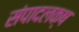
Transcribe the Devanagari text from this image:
संपादलक्ष